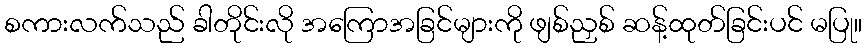
စကားလက်သည် ခါတိုင်းလို အကြောအခြင်များကို ဖျစ်ညှစ် ဆန့်ထုတ်ခြင်းပင် မပြု။